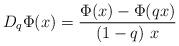
LaTeX: \begin{align*}D_{q}\Phi (x)=\frac{\Phi (x)-\Phi (qx)}{(1-q)\ x}\end{align*}